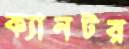
ক্যানটর